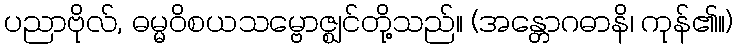
ပညာဗိုလ်, ဓမ္မဝိစယသမ္ဗောဇ္ဈင်တို့သည်။ (အန္တောဂဓာနိ၊ ကုန်၏။)